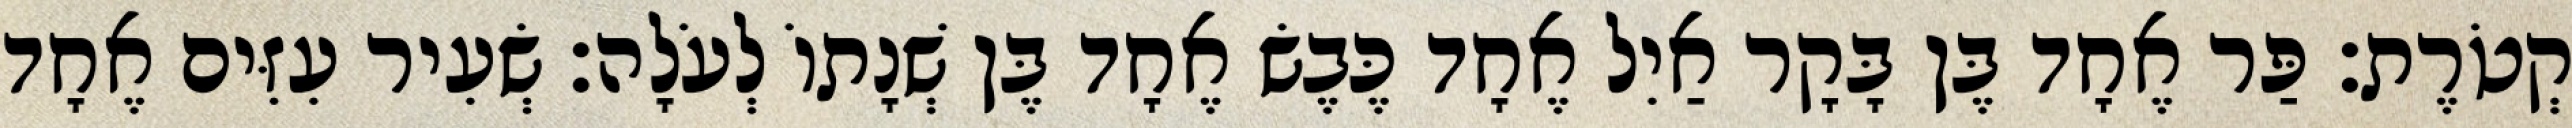
קְטֹרֶת׃ פַּר אֶחָד בֶּן בָּקָר אַיִל אֶחָד כֶּבֶשׂ אֶחָד בֶּן שְׁנָתוֹ לְעֹלָה׃ שְׂעִיר עִזִּים אֶחָד